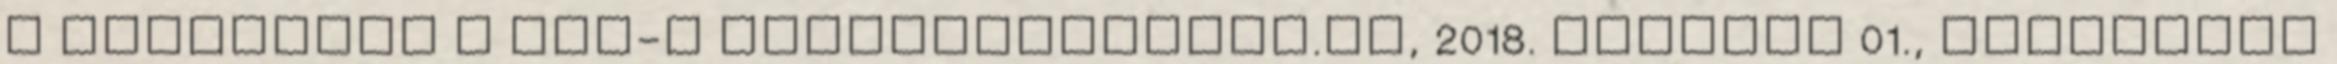
a tárgyakat a BME-n Businessonline.hu, 2018. február 01., csütörtök